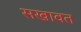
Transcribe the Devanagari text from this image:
सखावत